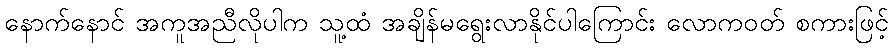
နောက်နောင် အကူအညီလိုပါက သူ့ထံ အချိန်မရွေးလာနိုင်ပါကြောင်း လောကဝတ် စကားဖြင့်